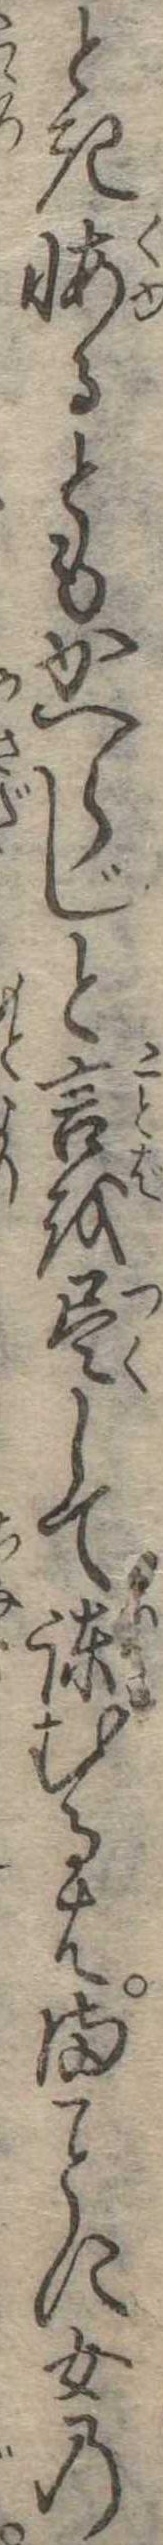
とき悔るともかへらじと言を尽して諌むるはまに女の